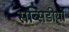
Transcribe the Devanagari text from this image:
सब्सिडीयों